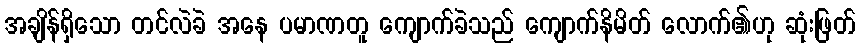
အချိန်ရှိသော တင်လဲခဲ အနေ ပမာဏတူ ကျောက်ခဲသည် ကျောက်နိမိတ် လောက်၏ဟု ဆုံးဖြတ်